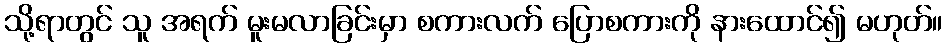
သို့ရာတွင် သူ အရက် မူးမလာခြင်းမှာ စကားလက် ပြောစကားကို နားထောင်၍ မဟုတ်။